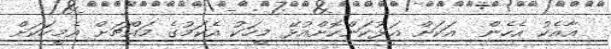
އާއެކު އެހެން  އަކަށް އަޅުކަންކޮށްއުޅޭ މީހަކު އެކަމުގެ މައްޗަށް އެމީހަކަށް